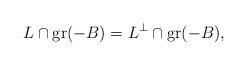
LaTeX: \begin{align*} L \cap \mathrm{gr}(-B) = L^\perp \cap \mathrm{gr}(-B),\end{align*}